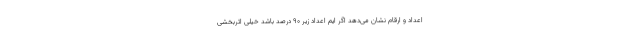
اعداد و ارقام نشان می‌دهد اگر ایم اعداد زیر ۹۰ درصد باشد خیلی اثربخشی